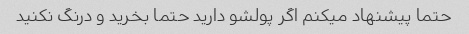
حتما پیشنهاد میکنم اگر پولشو دارید حتما بخرید و درنگ نکنید